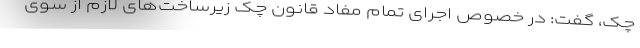
چک، گفت: در خصوص اجرای تمام مفاد قانون چک زیرساخت‌های لازم از سوی